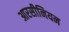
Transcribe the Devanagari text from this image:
आरसीनियन